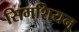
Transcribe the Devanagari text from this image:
सिमशियन